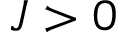
J > 0